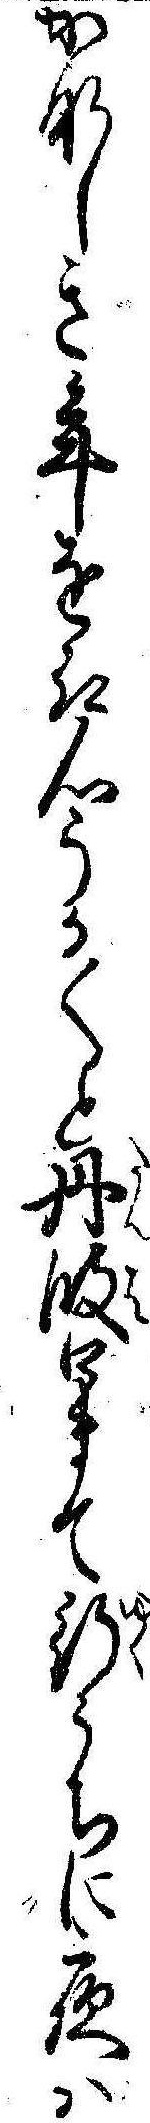
かなしき年を取心うか〱と丹波口まて行うちに夜は